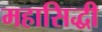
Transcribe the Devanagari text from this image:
महासिद्धी